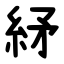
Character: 䋒